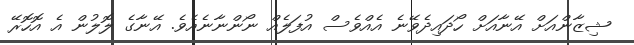
ޝިޒާންއަށް އޭނާއަށް ހޯދައިދެވޭނެ އެއްވެސް އުފަލެއް ނޯންނާނެއެވެ. އޭނާގެ ލޮލުން އެ އޮހޮރޭ